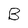
Character: B